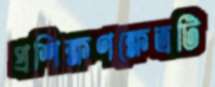
প্রশিক্ষণক্ষেত্রটি